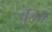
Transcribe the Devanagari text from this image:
तुज॥